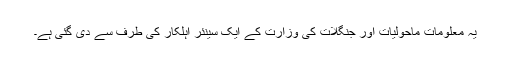
یہ معلومات ماحولیات اور جنگلات کی وزارت کے ایک سینئر اہلکار کی طرف سے دی گئی ہے۔